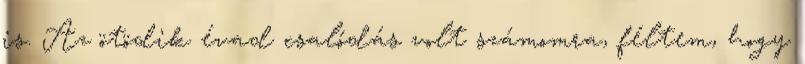
is. Az ötödik évad csalódás volt számomra, féltem, hogy